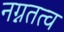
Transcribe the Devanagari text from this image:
नग्नतत्व